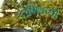
કોશિકાની